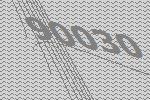
90030